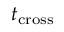
t _ { \mathrm { c r o s s } }